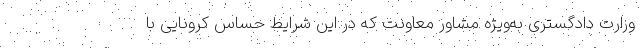
وزارت دادگستری به‌ویژه مشاور معاونت که در این شرایط حساس کرونایی با